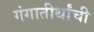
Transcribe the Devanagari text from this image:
गंगातीर्थांची